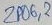
Text: ZP06,2